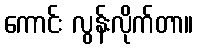
ကောင်း လွန်းလိုက်တာ။